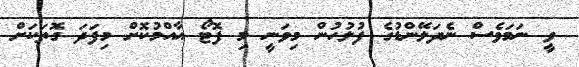
ވީ ނަމަވެސް ނެދަލޭންޑުގެ ފުލުހުން މިވަނީ މި ފޮޓޯ އާއްމުކޮށް މިފަދަ ގޮތަކަށް